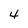
Character: 4